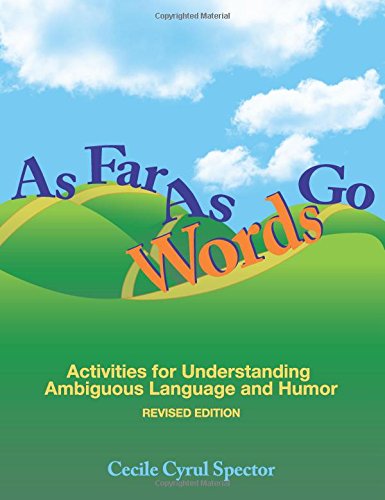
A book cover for As Far As Words Go: Activities for Understanding Ambiguous Language and Humor, Revised Edition; Cecile Spector Ph.D.; Humor & Entertainment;